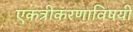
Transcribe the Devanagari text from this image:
एकत्रीकरणाविषयी